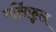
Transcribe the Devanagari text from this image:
मर्सिफुल